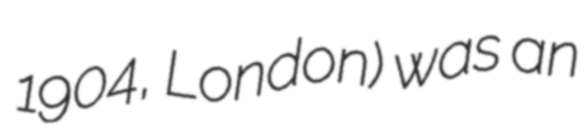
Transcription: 1904, London) was an